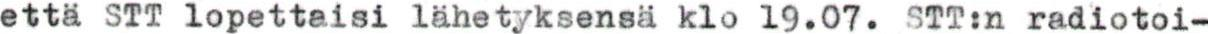
että STT lopettaisi lähetyksensä klo 19.07. STT:n radiotoi-